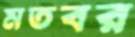
মতবর